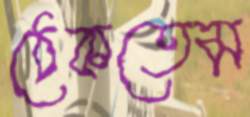
ঠেকতেম